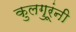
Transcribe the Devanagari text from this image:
कुलगुरूंनी